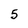
Character: 5